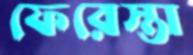
ফেরেস্তা